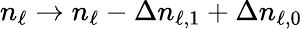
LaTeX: n_{\ell}\to n_{\ell}-\Delta n_{\ell,1}+\Delta n_{\ell,0}